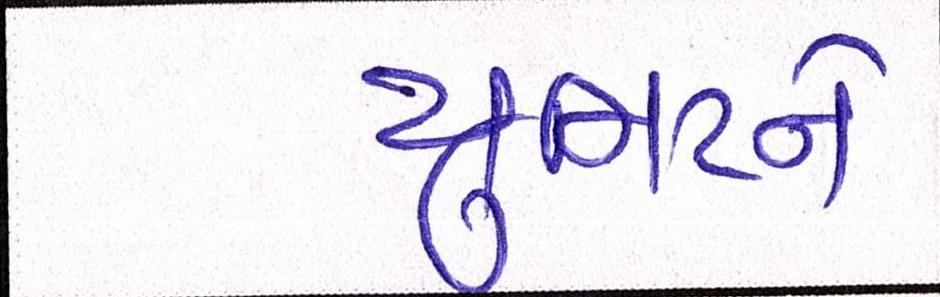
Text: યુનિટને